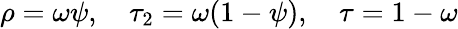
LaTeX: \rho=\omega\psi,\quad\tau_{2}=\omega(1-\psi),\quad\tau=1-\omega